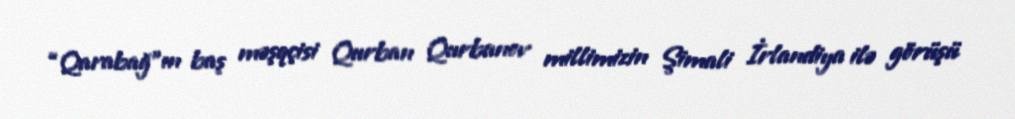
“Qarabağ”ın baş məşqçisi Qurban Qurbanov millimizin Şimali İrlandiya ilə görüşü